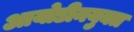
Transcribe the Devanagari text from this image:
आयोडीनयुक्त